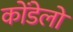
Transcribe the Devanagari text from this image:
कोंडेलो